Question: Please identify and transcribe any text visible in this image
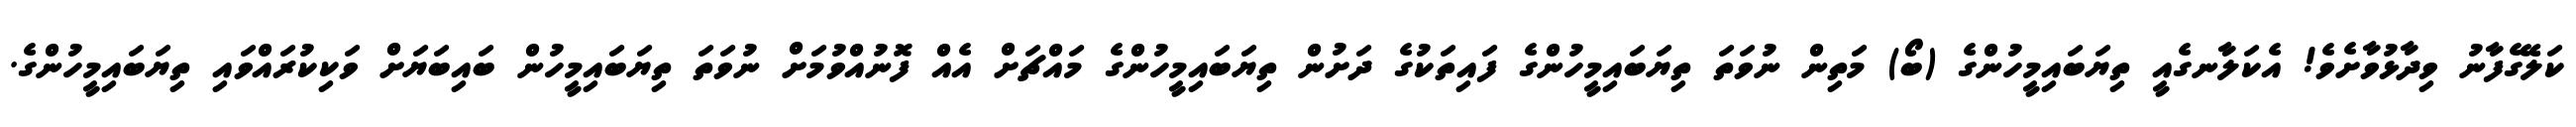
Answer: ކަލޭގެފާނު ވިދާޅުވާށެވެ! އެކަލާނގެއީ ތިޔަބައިމީހުންގެ (ބޯ) މަތިން ނުވަތަ ތިޔަބައިމީހުންގެ ފައިތަކުގެ ދަށުން ތިޔަބައިމީހުންގެ މައްޗަށް އެއް ފޮނުއްވުމަށް ނުވަތަ ތިޔަބައިމީހުން ބައިބަޔަށް ވަކިކުރައްވައި ތިޔަބައިމީހުންގެ.